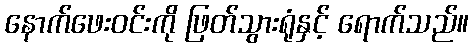
နောက်ဖေးဝင်းကို ဖြတ်သွားရုံနှင့် ရောက်သည်။